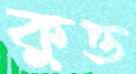
কুত্ত